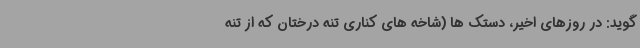
گوید: در روزهای اخیر، دستک ها (شاخه های کناری تنه درختان که از تنه